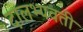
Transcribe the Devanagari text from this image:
दालभ्यवती